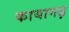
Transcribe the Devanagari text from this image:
कायागढ़